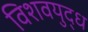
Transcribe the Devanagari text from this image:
विशवयुद्ध